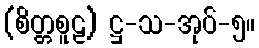
(စိတ္တစူဠ) ဋ္ဌ-သ-အုပ်-၅။